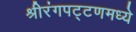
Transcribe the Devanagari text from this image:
श्रीरंगपट्टणमध्ये